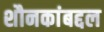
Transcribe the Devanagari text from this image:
शौनकांबद्दल